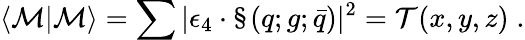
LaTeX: \langle{\cal M}|{\cal M}\rangle=\sum|\epsilon_{4}\cdot\S(q;g;\bar{q})|^{2}={\cal T}(x,y,z)\; .